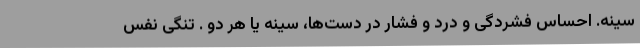
سینه. احساس فشردگی و درد و فشار در دست‌ها، سینه یا هر دو . تنگی نفس